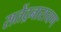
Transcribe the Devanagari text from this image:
सतेंद्रनारायण